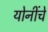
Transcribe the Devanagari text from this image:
योनींचे